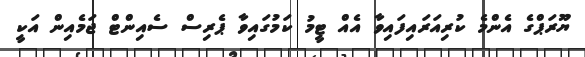
ޔޫރަޕްގެ އެންމެ ކުރިއަރައިފައިވާ އެއް ޓީމު ކަމުގައިވާ ޕެރިސް ސެއިންޓް ޖަމެއިން އަކީ